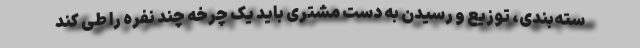
سته‌بندی، توزیع و رسیدن به دست مشتری باید یک چرخه چند نفره را طی کند